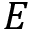
E